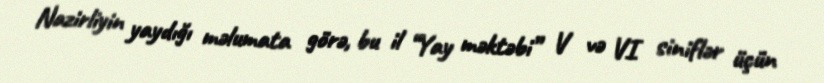
Nazirliyin yaydığı məlumata görə, bu il “Yay məktəbi” V və VI siniflər üçün